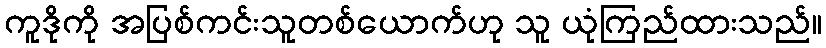
ကူဒိုကို အပြစ်ကင်းသူတစ်ယောက်ဟု သူ ယုံကြည်ထားသည်။